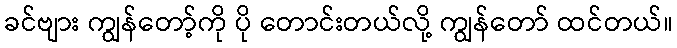
ခင်ဗျား ကျွန်တော့်ကို ပို တောင်းတယ်လို့ ကျွန်တော် ထင်တယ်။